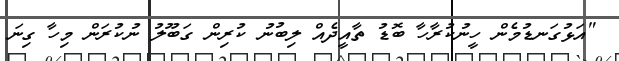
"އަޅުގަނޑުމެން ހީނުކުރާހާ ބޮޑު ތާއީދެއް ލިބުނު ކުރިން ގަބޫލު ނުކުރަން މިހާ ގިނަ